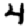
Digit: 4